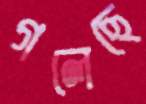
গলেছে